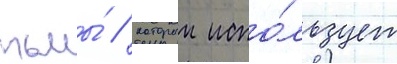
тьмы́ / которыи испо́льзует